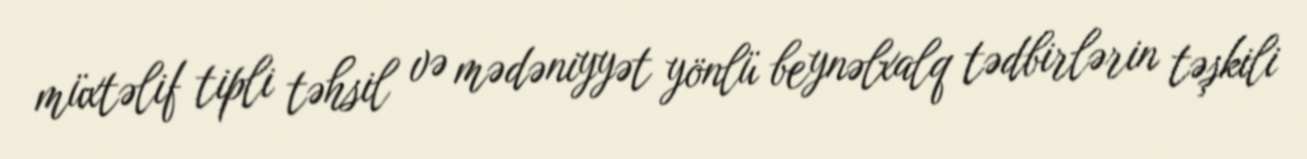
müxtəlif tipli təhsil və mədəniyyət yönlü beynəlxalq tədbirlərin təşkili